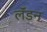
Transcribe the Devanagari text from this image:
लॅंडन